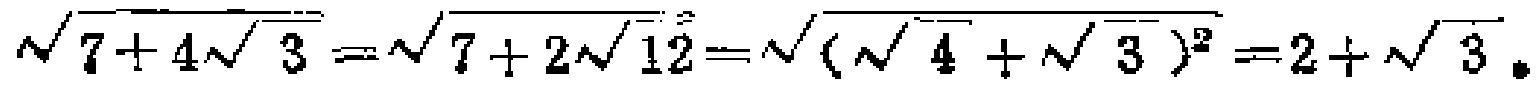
\(\sqrt{7 + 4\sqrt{3}} = \sqrt{7 + 2\sqrt{12}} = \sqrt{(\sqrt{4} + \sqrt{3})^2} = 2 + \sqrt{3}\)